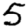
Digit: 5